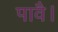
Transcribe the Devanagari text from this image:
पावै।